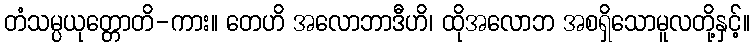
တံသမ္ပယုတ္တောတိ-ကား။ တေဟိ အလောဘာဒီဟိ၊ ထိုအလောဘ အစရှိသောမူလတို့နှင့်။